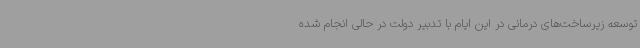
توسعه زیرساخت‌های درمانی در این ایام با تدبیر دولت در حالی انجام شده